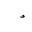
Letter: _dal